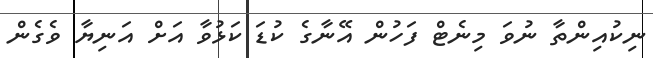
ނިކުއިންތާ ނުވަ މިނެޓް ފަހުން އޭނާގެ ކުޑަ ކަޅުވާ އަށް އަނިޔާ ވެގެން